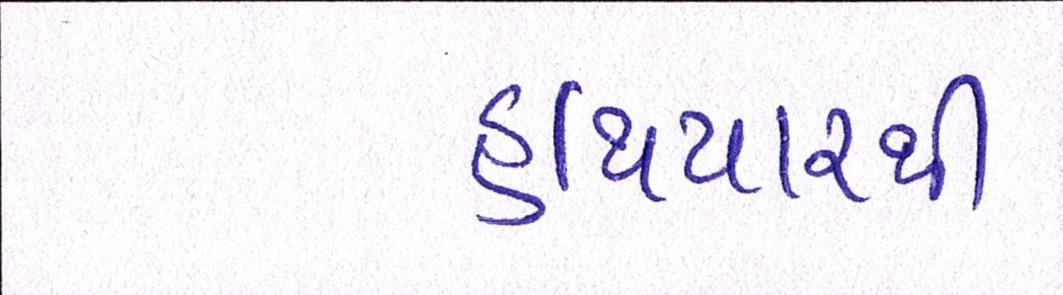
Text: હથિયારથી